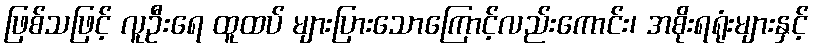
ဖြစ်သဖြင့် လူဦးရေ ထူထပ် များပြားသောကြောင့်လည်းကောင်း၊ အစိုးရရုံးများနှင့်